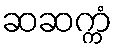
ဆဆက္ကံ